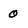
Character: 0